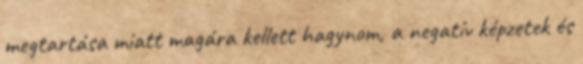
megtartása miatt magára kellett hagynom, a negatív képzetek és